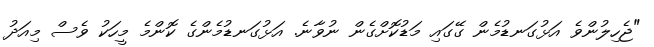
"ޖެހިލުންވެ އަޅުގަނޑުމެން ގޭގައި މަޑުކޮށްގެން ނުވާނެ. އަޅުގަނޑުމެންގެ ކޮންމެ މީހަކު ވެސް މިއަދު